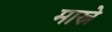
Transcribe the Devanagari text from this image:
मास्रे